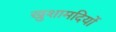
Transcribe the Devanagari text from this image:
खुशामदियों